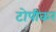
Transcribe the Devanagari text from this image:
टोपीकर